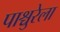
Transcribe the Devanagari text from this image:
पाश्चुरेला